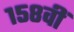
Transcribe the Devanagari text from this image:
१५८वीं